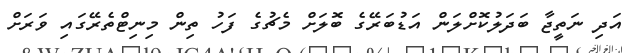
އަދި ނަތީޖާ ބަދަލުކޮށްލަން އަޑުބަރޭގެ ބޮލަށް މެޗުގެ ފަހު ތިން މިނިޓްތެރޭގައި ވަރަށް